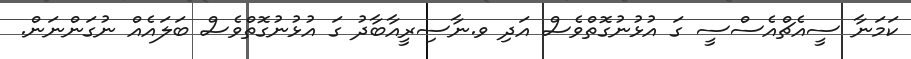
ކަމަނާ ސީއެޗްއެސްސީ ގަ އުޅުނުގޮތްވެސް އަދި ވ.ނާސިރީއާބާދު ގަ އުޅުނުގޮތްވެސް ބަލައެއް ނުގަންނަން.